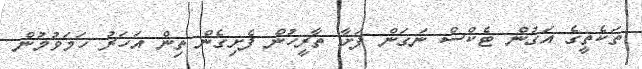
ތަކެތީގެ އަގުން ޓެކްސް ނަގަން ފަށާ ތާރީހުން ފެށިގެން ތިން އަހަރު ހަމަވުމުން